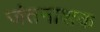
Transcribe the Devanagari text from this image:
जंतनाशक